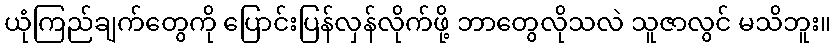
ယုံကြည်ချက်တွေကို ပြောင်းပြန်လှန်လိုက်ဖို့ ဘာတွေလိုသလဲ သူဇာလွင် မသိဘူး။